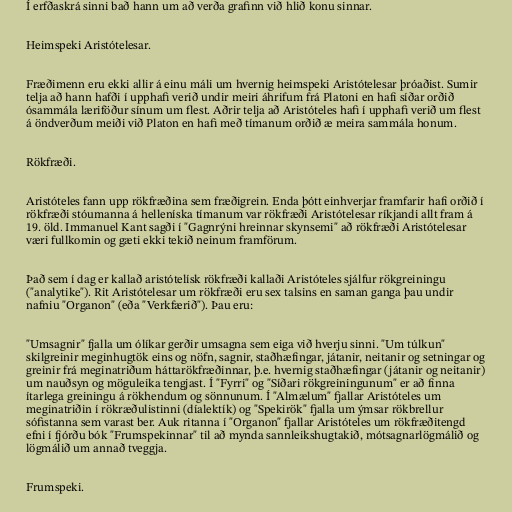
Í erfðaskrá sinni bað hann um að verða grafinn við hlið konu sinnar.

Heimspeki Aristótelesar.

Fræðimenn eru ekki allir á einu máli um hvernig heimspeki Aristótelesar þróaðist. Sumir
telja að hann hafði í upphafi verið undir meiri áhrifum frá Platoni en hafi síðar orðið
ósammála læriföður sínum um flest. Aðrir telja að Aristóteles hafi í upphafi verið um flest
á öndverðum meiði við Platon en hafi með tímanum orðið æ meira sammála honum.

Rökfræði.

Aristóteles fann upp rökfræðina sem fræðigrein. Enda þótt einhverjar framfarir hafi orðið í
rökfræði stóumanna á helleníska tímanum var rökfræði Aristótelesar ríkjandi allt fram á
19. öld. Immanuel Kant sagði í "Gagnrýni hreinnar skynsemi" að rökfræði Aristótelesar
væri fullkomin og gæti ekki tekið neinum framförum.

Það sem í dag er kallað aristótelísk rökfræði kallaði Aristóteles sjálfur rökgreiningu
("analytike"). Rit Aristótelesar um rökfræði eru sex talsins en saman ganga þau undir
nafniu "Organon" (eða "Verkfærið"). Þau eru:

"Umsagnir" fjalla um ólíkar gerðir umsagna sem eiga við hverju sinni. "Um túlkun"
skilgreinir meginhugtök eins og nöfn, sagnir, staðhæfingar, játanir, neitanir og setningar og
greinir frá meginatriðum háttarökfræðinnar, þ.e. hvernig staðhæfingar (játanir og neitanir)
um nauðsyn og möguleika tengjast. Í "Fyrri" og "Síðari rökgreiningunum" er að finna
ítarlega greiningu á rökhendum og sönnunum. Í "Almælum" fjallar Aristóteles um
meginatriðin í rökræðulistinni (díalektík) og "Spekirök" fjalla um ýmsar rökbrellur
sófistanna sem varast ber. Auk ritanna í "Organon" fjallar Aristóteles um rökfræðitengd
efni í fjórðu bók "Frumspekinnar" til að mynda sannleikshugtakið, mótsagnarlögmálið og
lögmálið um annað tveggja.

Frumspeki.